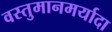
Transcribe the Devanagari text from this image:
वस्तुमानमर्यादा